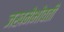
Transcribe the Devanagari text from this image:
जखमेभोवती